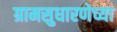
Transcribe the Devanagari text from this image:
ग्रामसुधारणेच्या